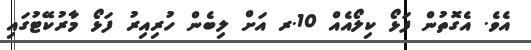
އެވެ. އެގޮތުން ފަޅޯ ކިލޯއެއް 10.ރ އަށް ލިބެން ހުރިއިރު ފަޅޯ މާރުކޭޓުގައި